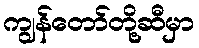
ကျွန်တော်တို့ဆီမှာ